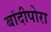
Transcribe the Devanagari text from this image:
बांदीपोरा